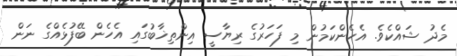
މެދު ޝައްކެވެ. އެހެންކަމުން މި ފަހަރުގެ ރިޔާސީ އިންތިޚާބުގައި އެހެން ބޭފުޅެއްގެ ނަން